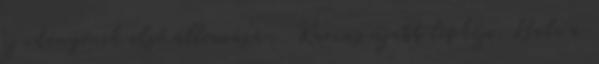
új idényének első állomásán. Karius újabb lepkéje. Bale a